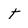
Character: t